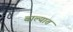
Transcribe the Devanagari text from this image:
बाल्यात